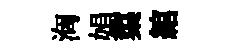
洶娟蕖綰